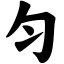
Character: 匀